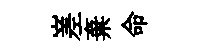
嵳棄命